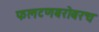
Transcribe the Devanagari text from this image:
फलटणबरोबरच